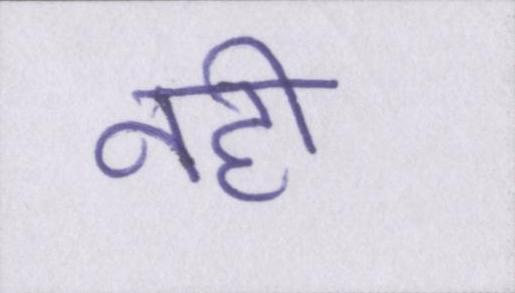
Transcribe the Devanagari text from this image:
नही